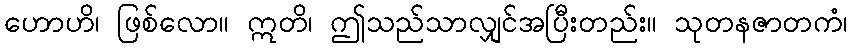
ဟောဟိ၊ ဖြစ်လော။ ဣတိ၊ ဤသည်သာလျှင်အပြီးတည်း။ သုတနဇာတကံ၊